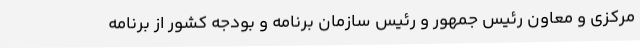
مرکزی و معاون رئیس جمهور و رئیس سازمان برنامه و بودجه کشور از برنامه